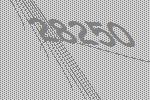
28250